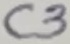
Text: C3